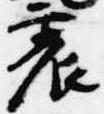
震